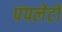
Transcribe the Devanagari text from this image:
पंपलेटों